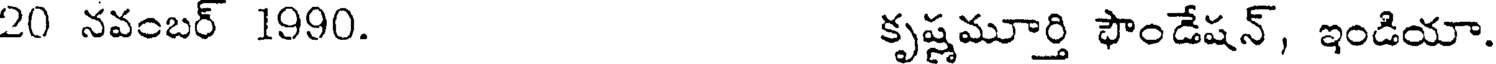
20 నవంబర్ 1990. కృష్ణమూర్తి ఫౌండేషన్, ఇండియా.